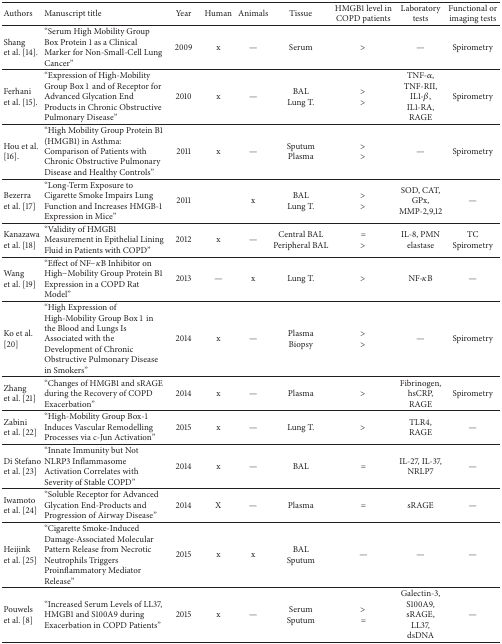
<table><thead><tr><td><b>Authors</b></td><td><b>Manuscript title</b></td><td><b>Year</b></td><td><b>Human</b></td><td><b>Animals</b></td><td><b>Tissue</b></td><td><b>HMGB1 level in COPD patients</b></td><td><b>Laboratory tests</b></td><td><b>Functional or imaging tests</b></td></tr></thead><tbody><tr><td>Shang et al. [14]. </td><td>“Serum High Mobility Group Box Protein 1 as a Clinical Marker for Non-Small-Cell Lung Cancer” </td><td>2009</td><td>x</td><td>—</td><td>Serum</td><td>&gt;</td><td>—</td><td>Spirometry</td></tr><tr><td>Ferhani et al. [15].</td><td>“Expression of High-Mobility Group Box 1 and of Receptor for Advanced Glycation End Products in Chronic Obstructive Pulmonary Disease”</td><td>2010</td><td>x</td><td>—</td><td>BALLung T.</td><td>&gt;&gt;</td><td>TNF-<i>α</i>, TNF-RII, IL1-<i>β</i>, IL1-RA, RAGE</td><td>Spirometry</td></tr><tr><td>Hou et al. [16].</td><td>“High Mobility Group Protein B1 (HMGB1) in Asthma: Comparison of Patients with Chronic Obstructive Pulmonary Disease and Healthy Controls” </td><td>2011</td><td>x</td><td>—</td><td>SputumPlasma</td><td>&gt;&gt;</td><td>—</td><td>Spirometry</td></tr><tr><td>Bezerra et al. [17] </td><td>“Long-Term Exposure to Cigarette Smoke Impairs Lung Function and Increases HMGB-1 Expression in Mice”</td><td>2011</td><td> </td><td>x</td><td>BALLung T.</td><td>&gt;&gt;</td><td>SOD, CAT, GPx, MMP-2,9,12</td><td>—</td></tr><tr><td>Kanazawa et al. [18] </td><td>“Validity of HMGB1 Measurement in Epithelial Lining Fluid in Patients with COPD” </td><td>2012</td><td>x</td><td>—</td><td>Central BALPeripheral BAL</td><td> =&gt;</td><td>IL-8, PMN elastase</td><td>TCSpirometry</td></tr><tr><td>Wang et al. [19]</td><td>“Effect of NF<i>‐κ</i>B Inhibitor on High-Mobility Group Protein B1 Expression in a COPD Rat Model” </td><td>2013</td><td>—</td><td>x</td><td>Lung T.</td><td>&gt; </td><td>NF-<i>κ</i>B</td><td>—</td></tr><tr><td>Ko et al. [20]</td><td>“High Expression of High-Mobility Group Box 1 in the Blood and Lungs Is Associated with the Development of Chronic Obstructive Pulmonary Disease in Smokers”</td><td>2014</td><td>x</td><td>—</td><td>PlasmaBiopsy</td><td>&gt;&gt;</td><td>—</td><td>Spirometry</td></tr><tr><td>Zhang et al. [21]</td><td>“Changes of HMGB1 and sRAGE during the Recovery of COPD Exacerbation”</td><td>2014</td><td>x</td><td>—</td><td>Plasma</td><td>&gt;</td><td>Fibrinogen, hsCRP, RAGE</td><td>Spirometry</td></tr><tr><td>Zabini et al. [22]</td><td>“High-Mobility Group Box-1 Induces Vascular Remodelling Processes via c-Jun Activation”</td><td>2015</td><td>x</td><td>—</td><td>Lung T.</td><td>&gt;</td><td>TLR4, RAGE</td><td>—</td></tr><tr><td>Di Stefano et al. [23]</td><td>“Innate Immunity but Not NLRP3 Inflammasome Activation Correlates with Severity of Stable COPD”</td><td>2014</td><td>x</td><td>—</td><td>BAL</td><td> =</td><td>IL-27, IL-37, NRLP7</td><td>—</td></tr><tr><td>Iwamoto et al. [24]</td><td>“Soluble Receptor for Advanced Glycation End-Products and Progression of Airway Disease”</td><td>2014</td><td>X</td><td>—</td><td>Plasma</td><td> =</td><td>sRAGE</td><td>—</td></tr><tr><td>Heijink et al. [25]</td><td>“Cigarette Smoke-Induced Damage-Associated Molecular Pattern Release from Necrotic Neutrophils Triggers Proinflammatory Mediator Release”</td><td>2015</td><td>x</td><td>x</td><td>BALSputum</td><td>—</td><td>—</td><td>—</td></tr><tr><td>Pouwels et al. [8]</td><td>“Increased Serum Levels of LL37, HMGB1 and S100A9 during Exacerbation in COPD Patients”</td><td>2015</td><td>x</td><td>—</td><td>SerumSputum</td><td>&gt;=</td><td>Galectin-3, S100A9, sRAGE, LL37, dsDNA</td><td>—</td></tr></tbody></table>